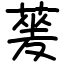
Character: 蓌